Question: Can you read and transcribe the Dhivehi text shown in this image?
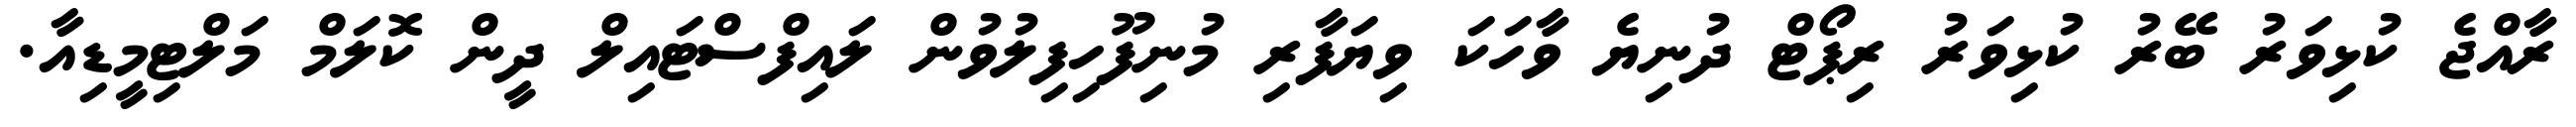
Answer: ރާއްޖެ ކުޅިވަރު ބޭރު ކުޅިވަރު ރިޕޯޓް ދުނިޔެ ވާހަކަ ވިޔަފާރި މުނިފޫހިފިލުވުން ލައިފްސްޓައިލް ދީން ކޮލަމް މަލްޓިމީޑިއާ.